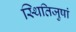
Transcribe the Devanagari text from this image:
स्थितिजुषां